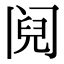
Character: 阋